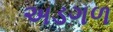
અડગળ